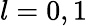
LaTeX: l=0,1